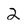
Character: 2